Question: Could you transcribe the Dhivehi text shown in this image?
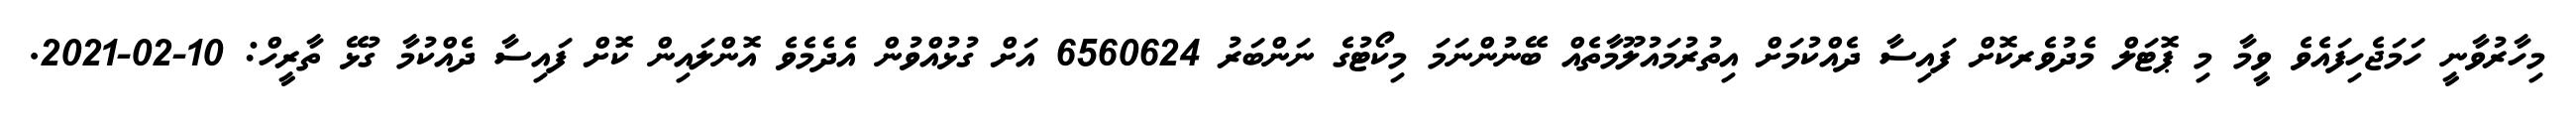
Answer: މިހާރުވާނީ ހަމަޖެހިފައެވެ ވީމާ މި ޕޮޓަލް މެދުވެރކޮށް ފައިސާ ދެއްކުމަށް އިތުރުމައުލޫމާތެއް ބޭނުންނަމަ މިކޯޓުގެ ނަންބަރު 6560624 އަށް ގުޅުއްވުން އެދެމެވެ އޮންލައިން ކޮށް ފައިސާ ދެއްކުމާ ގުޅޭ ތާރީހް: 10-02-2021.